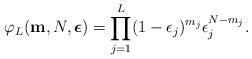
LaTeX: \begin{align*}\varphi_{L}(\mathbf{m},N,\boldsymbol{\epsilon}) = \prod_{j=1}^{L} (1-\epsilon_j)^{m_{j}} \epsilon_j^{N-m_{j}}.\end{align*}